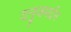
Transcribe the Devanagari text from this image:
दनुजमर्दन